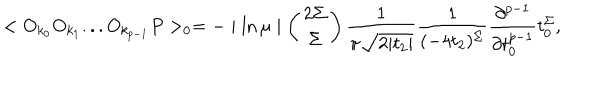
LaTeX: < O _ { k _ { 0 } } O _ { k _ { 1 } } . . . O _ { k _ { p - 1 } } P > _ { 0 } = - \mid \ln \mu \mid \left( \begin{array} { c } { { 2 \Sigma } } \\ { { \Sigma } } \\ \end{array} \right) \frac { 1 } { \pi \sqrt { 2 | t _ { 2 } | } } \frac { 1 } { ( - 4 t _ { 2 } ) ^ { \Sigma } } \frac { \partial ^ { p - 1 } } { \partial t _ { 0 } ^ { p - 1 } } t _ { 0 } ^ { \Sigma } ,